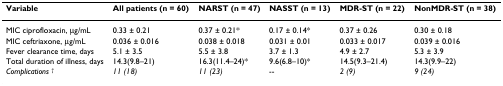
| Variable | All patients (n = 60) | NARST (n = 47) | NASST (n = 13) | MDR-ST (n = 22) | NonMDR-ST (n = 38) |
 | --- | --- | --- | --- | --- | --- |
 | MIC ciprofloxacin, μg/mL | 0.33 ± 0.21 | 0.37 ± 0.21* | 0.17 ± 0.14* | 0.37 ± 0.26 | 0.30 ± 0.18 |
 | MIC ceftriaxone, μg/mL | 0.036 ± 0.016 | 0.038 ± 0.018 | 0.031 ± 0.01 | 0.033 ± 0.017 | 0.039 ± 0.016 |
 | Fever clearance time, days | 5.1 ± 3.5 | 5.5 ± 3.8 | 3.7 ± 1.3 | 4.9 ± 2.7 | 5.3 ± 3.9 |
 | Total duration of illness, days | 14.3(9.8–21) | 16.3(11.4–24)* | 9.6(6.8–10)* | 14.5(9.3–21.4) | 14.3(9.9–22) |
 | Complications † | 11 (18) | 11 (23) | -- | 2 (9) | 9 (24) |